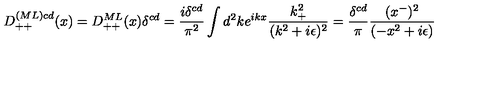
D _ { + + } ^ { ( M L ) c d } ( x ) = D _ { + + } ^ { M L } ( x ) \delta ^ { c d } = { \frac { i \delta ^ { c d } } { \pi ^ { 2 } } } \int d ^ { 2 } k e ^ { i k x } { \frac { k _ { + } ^ { 2 } } { ( k ^ { 2 } + i \epsilon ) ^ { 2 } } } = { \frac { \delta ^ { c d } } { \pi } } { \frac { ( x ^ { - } ) ^ { 2 } } { ( - x ^ { 2 } + i \epsilon ) } } \